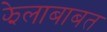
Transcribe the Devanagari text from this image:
झेलाबाबत